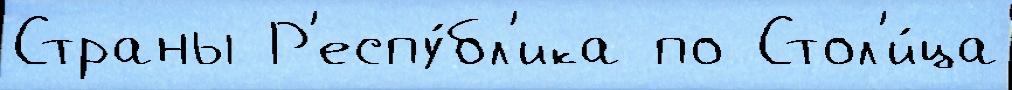
Страны Р'еспу́бл'ика по Стол'и́ца